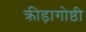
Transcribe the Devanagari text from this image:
क्रीड़ागोष्ठी